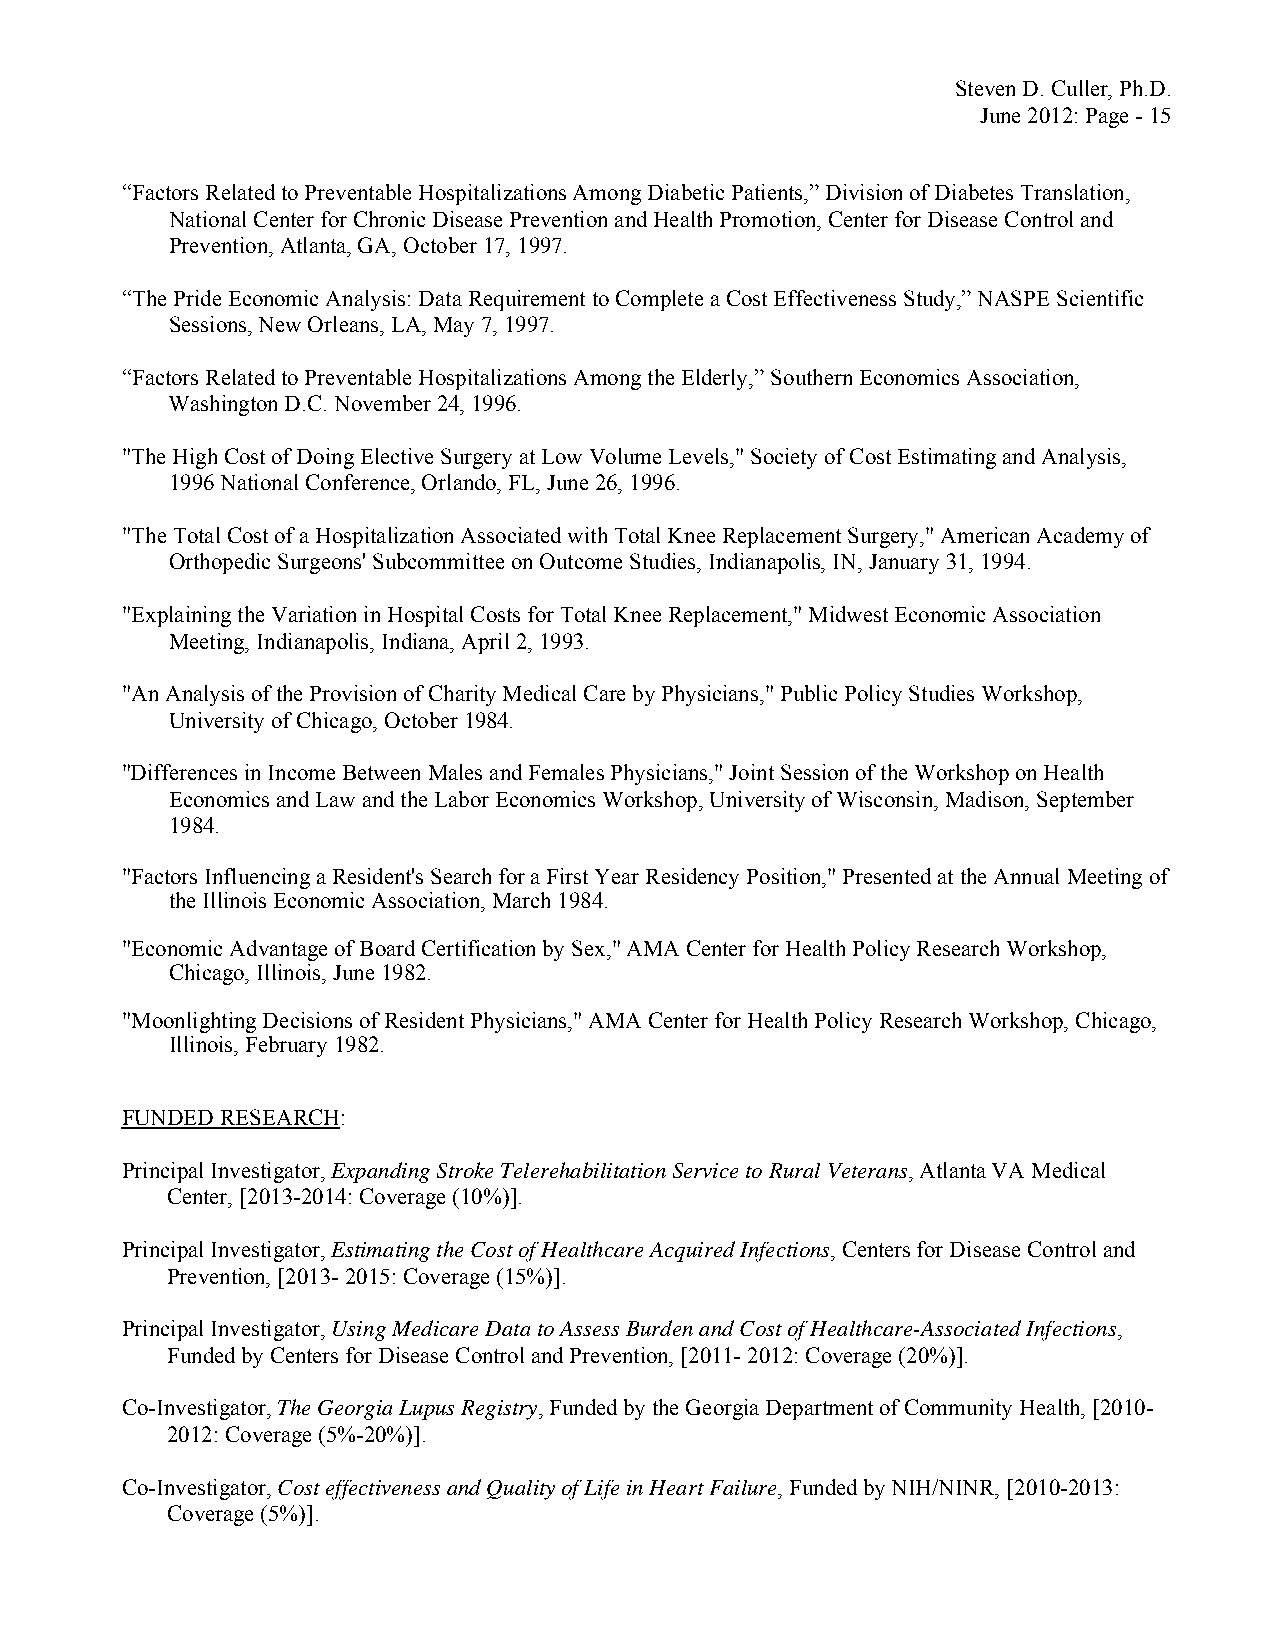
Steven D. Culler, Ph.D.
 June 2012: Page - 15
 “Factors Related to Preventable Hospitalizations Among Diabetic Patients,” Division of Diabetes Translation,
 National Center for Chronic Disease Prevention and Health Promotion, Center for Disease Control and
 Prevention, Atlanta, GA, October 17, 1997.
 “The Pride Economic Analysis: Data Requirement to Complete a Cost Effectiveness Study,” NASPE Scientific
 Sessions, New Orleans, LA, May 7, 1997.
 “Factors Related to Preventable Hospitalizations Among the Elderly,” Southern Economics Association,
 Washington D.C. November 24, 1996.
 "The High Cost of Doing Elective Surgery at Low Volume Levels," Society of Cost Estimating and Analysis,
 1996 National Conference, Orlando, FL, June 26, 1996.
 "The Total Cost of a Hospitalization Associated with Total Knee Replacement Surgery," American Academy of
 Orthopedic Surgeons' Subcommittee on Outcome Studies, Indianapolis, IN, January 31, 1994.
 "Explaining the Variation in Hospital Costs for Total Knee Replacement," Midwest Economic Association
 Meeting, Indianapolis, Indiana, April 2, 1993.
 "An Analysis of the Provision of Charity Medical Care by Physicians," Public Policy Studies Workshop,
 University of Chicago, October 1984.
 "Differences in Income Between Males and Females Physicians," Joint Session of the Workshop on Health
 Economics and Law and the Labor Economics Workshop, University of Wisconsin, Madison, September
 1984.
 "Factors Influencing a Resident's Search for a First Year Residency Position," Presented at the Annual Meeting of
 the Illinois Economic Association, March 1984.
 "Economic Advantage of Board Certification by Sex," AMA Center for Health Policy Research Workshop,
 Chicago, Illinois, June 1982.
 "Moonlighting Decisions of Resident Physicians," AMA Center for Health Policy Research Workshop, Chicago,
 Illinois, February 1982.
 FUNDED RESEARCH:
 Principal Investigator, Expanding Stroke Telerehabilitation Service to Rural Veterans, Atlanta VA Medical
 Center, [2013-2014: Coverage (10%)].
 Principal Investigator, Estimating the Cost of Healthcare Acquired Infections, Centers for Disease Control and
 Prevention, [2013- 2015: Coverage (15%)].
 Principal Investigator, Using Medicare Data to Assess Burden and Cost of Healthcare-Associated Infections,
 Funded by Centers for Disease Control and Prevention, [2011- 2012: Coverage (20%)].
 Co-Investigator, The Georgia Lupus Registry, Funded by the Georgia Department of Community Health, [2010-
 2012: Coverage (5%-20%)].
 Co-Investigator, Cost effectiveness and Quality of Life in Heart Failure, Funded by NIH/NINR, [2010-2013:
 Coverage (5%)].